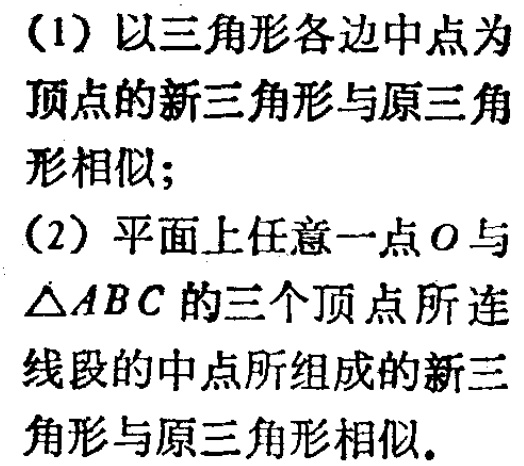
(1) 以三角形各边中点为顶点的新三角形与原三角形相似；

(2) 平面上任意一点\(O\)与\(\triangle ABC\)的三个顶点所连线段的中点所组成的新三角形与原三角形相似.